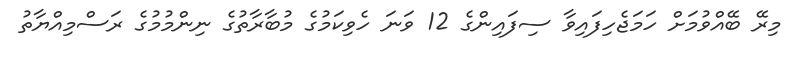
މިރޭ ބޭއްވުމަށް ހަމަޖެހިފައިވާ ސިފައިންގެ 12 ވަނަ ހެވިކަމުގެ މުބާރާތުގެ ނިންމުމުގެ ރަސްމިއްޔާތު